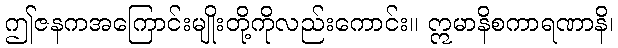
ဤဇနကအကြောင်းမျိုးတို့ကိုလည်းကောင်း။ ဣမာနိစကာရဏာနိ၊